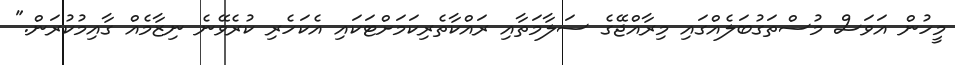
މީހުން އަވަސް މުސްތަގުބަލެއްގައި މިރާއްޖޭގެ ސަލާމަތާއި ރައްކާތެރިކަމަށްޓަކައި އެކަހެރި ކުރެވޭނެ ނިޒާމެއް ގާއިމުކުރަން."